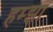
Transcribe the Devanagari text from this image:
हम्झा